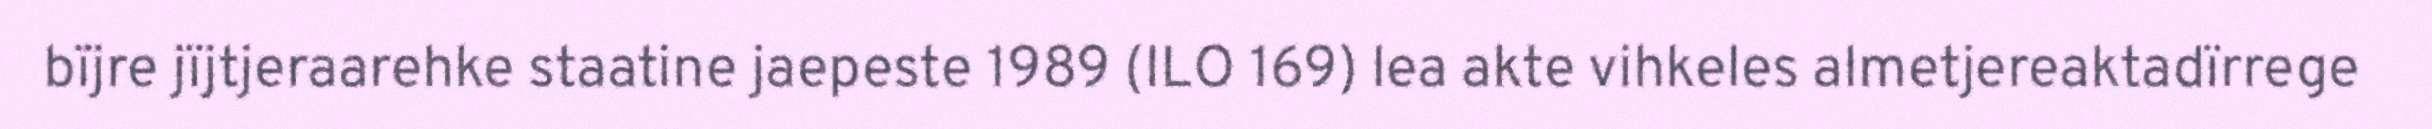
bïjre jïjtjeraarehke staatine jaepeste 1989 (ILO 169) lea akte vihkeles almetjereaktadïrrege